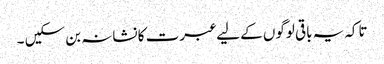
تاکہ یہ باقی لوگوں کے لیے عبرت کا نشانہ بن سکیں ۔